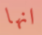
انها